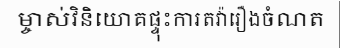
ម្ចាស់វិនិយោគផ្ទុះការតវ៉ារឿងចំណត